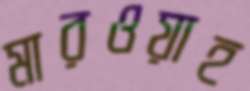
মারওয়াহ